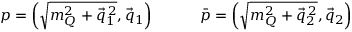
p = \left( \sqrt { m _ { Q } ^ { 2 } + \vec { q } _ { 1 } ^ { \, 2 } } , \vec { q } _ { 1 } \right) \qquad \quad \bar { p } = \left( \sqrt { m _ { Q } ^ { 2 } + \vec { q } _ { 2 } ^ { \, 2 } } , \vec { q } _ { 2 } \right)